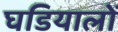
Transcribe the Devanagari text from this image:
घडियालों